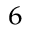
^ { 6 }